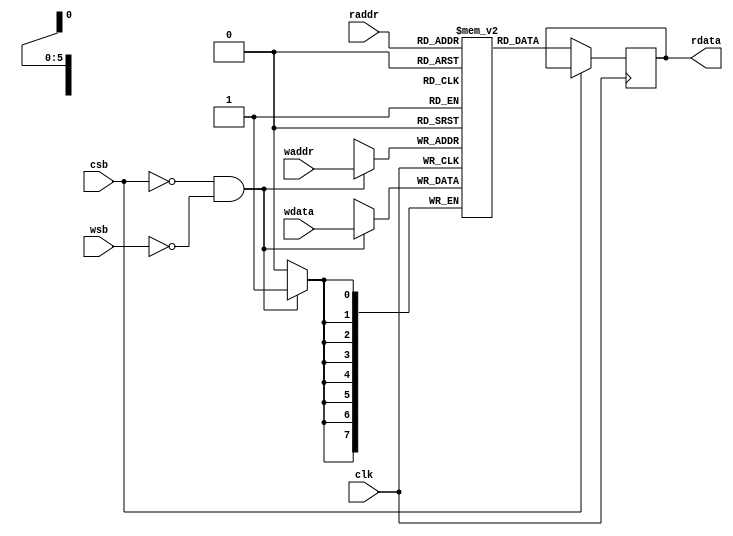
module sram_64x8b #(       //for bias
parameter BIAS_PER_ADDR = 1,
parameter BW_PER_PARAM = 8
)
(
input clk,
input csb,  //chip enable
input wsb,  //write enable
input [BIAS_PER_ADDR*BW_PER_PARAM-1:0] wdata, //write data
input [5:0] waddr, //write address
input [5:0] raddr, //read address

output reg [BIAS_PER_ADDR*BW_PER_PARAM-1:0] rdata
);
/*
Data location
/////////////////////
addr 0~3: conv1 bias(4)
addr 4~15: conv2 bias(12)
addr 16~63: conv3 bias(48)
/////////////////////
*/
reg [BIAS_PER_ADDR*BW_PER_PARAM-1:0] mem [0:63];
reg [BIAS_PER_ADDR*BW_PER_PARAM-1:0] _rdata;

always @(posedge clk) begin
    if(~csb && ~wsb)
        mem[waddr] <= wdata;
end

always @(posedge clk) begin
    if(~csb)
        _rdata <= mem[raddr];
end

always @* begin
    rdata = #(1) _rdata;
end

task load_param(
    input integer index,
    input [BIAS_PER_ADDR*BW_PER_PARAM-1:0] param_input
);
    mem[index] = param_input;
endtask

endmodule